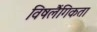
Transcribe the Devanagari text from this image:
विषलैंगिकता